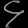
Digit: ၄